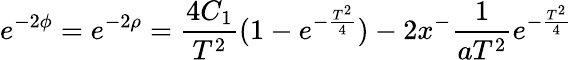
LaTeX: e^{-2\phi}=e^{-2\rho}=\frac{4C_{1}}{T^{2}}(1-e^{-\frac{T^{2}}{4}})-2x^{-}\frac{1}{aT^{2}}e^{-\frac{T^{2}}{4}}